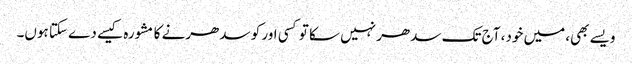
ویسے بھی، میں خود، آج تک سدھر نہیں سکا تو کسی اور کو سدھرنے کا مشورہ کیسے دے سکتا ہوں۔